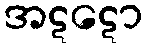
အဋဋော